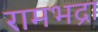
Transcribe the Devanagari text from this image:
रामभद्रा